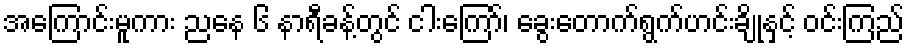
အကြောင်းမူကား ညနေ ၆ နာရီခန့်တွင် ငါးကြော်၊ ခွေးတောက်ရွက်ဟင်းချိုနှင့် ဝင်းကြည်